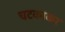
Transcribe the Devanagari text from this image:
चटकाकर